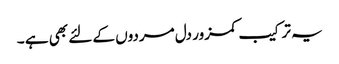
یہ ترکیب کمزور دل مردوں کے لئے بھی ہے ۔